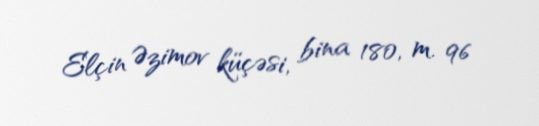
Elçin Əzimov küçəsi, bina 180, m. 96